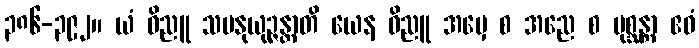
၃၈၆-၃၉၂။ ယံ ဝိညူ သမနုယုဉ္ဇန္တာတိ ယေန ဝိညူ အမှေ စ အညေ စ ပုစ္ဆန္တာ ဧဝံ